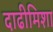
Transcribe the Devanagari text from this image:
दाढीमिशा